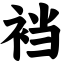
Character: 裆